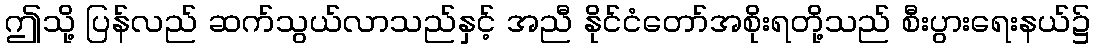
ဤသို့ ပြန်လည် ဆက်သွယ်လာသည်နှင့် အညီ နိုင်ငံတော်အစိုးရတို့သည် စီးပွားရေးနယ်၌